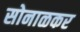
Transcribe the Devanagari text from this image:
सोनाळकर